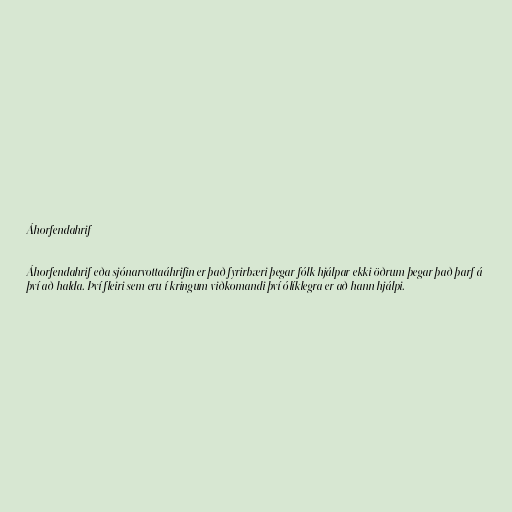
Áhorfendahrif

Áhorfendahrif eða sjónarvottaáhrifin er það fyrirbæri þegar fólk hjálpar ekki öðrum þegar það þarf á
því að halda. Því fleiri sem eru í kringum viðkomandi því ólíklegra er að hann hjálpi.